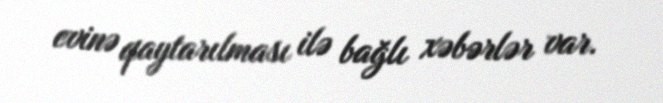
evinə qaytarılması ilə bağlı xəbərlər var.